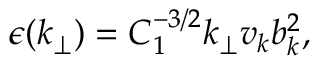
\epsilon ( k _ { \perp } ) = C _ { 1 } ^ { - 3 / 2 } k _ { \perp } v _ { k } b _ { k } ^ { 2 } ,